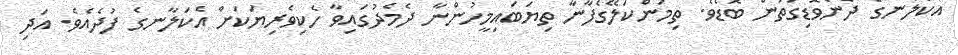
އެކަލާނގެ ދެނެވޮޑިގަތުން ބޮޑެވެ. ތިމަންކަލޭގެފާނާ ތިޔަބައިމީހުންނާ ދެމެދުގައިވާ ހެކިވެރިޔަކަށް އެކަލާނގެ ފުދެއެވެ. އަދި